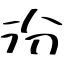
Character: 汾